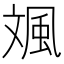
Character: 𩖣